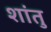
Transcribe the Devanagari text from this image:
शांतु